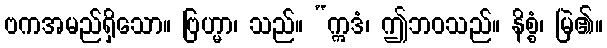
ဗကအမည်ရှိသော။ ဗြဟ္မာ၊ သည်။ “ဣဒံ၊ ဤဘဝသည်။ နိစ္စံ၊ မြဲ၏။